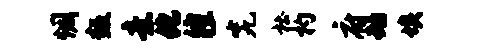
惆叛意化徨究杜杓府动埃